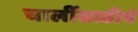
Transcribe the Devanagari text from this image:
चालींसाठीचे